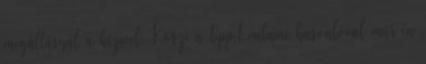
megállásnál a kézivel. Köszi a tippet,valami hasonlóval már én